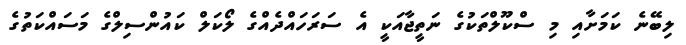
ލިބޭނެ ކަމަށާއި މި ސްކޫލްތަކުގެ ނަތީޖާއަކީ އެ ސަރަހައްދެެއްގެ ލޯކަލް ކައުންސިލްގެ މަސައްކަތުގެ